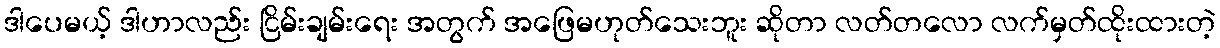
ဒါပေမယ့် ဒါဟာလည်း ငြိမ်းချမ်းရေး အတွက် အဖြေမဟုတ်သေးဘူး ဆိုတာ လတ်တလော လက်မှတ်ထိုးထားတဲ့